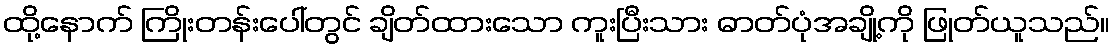
ထို့နောက် ကြိုးတန်းပေါ်တွင် ချိတ်ထားသော ကူးပြီးသား ဓာတ်ပုံအချို့ကို ဖြုတ်ယူသည်။